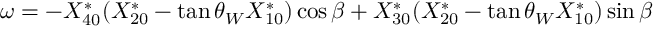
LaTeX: \omega = - X _ { 4 0 } ^ { * } ( X _ { 2 0 } ^ { * } - \tan \theta _ { W } X _ { 1 0 } ^ { * } ) \cos \beta + X _ { 3 0 } ^ { * } ( X _ { 2 0 } ^ { * } - \tan \theta _ { W } X _ { 1 0 } ^ { * } ) \sin \beta